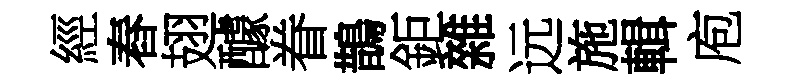
經舂翅醵眷鵲鉅雜远施輯庖